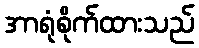
အာရုံစိုက်ထားသည်